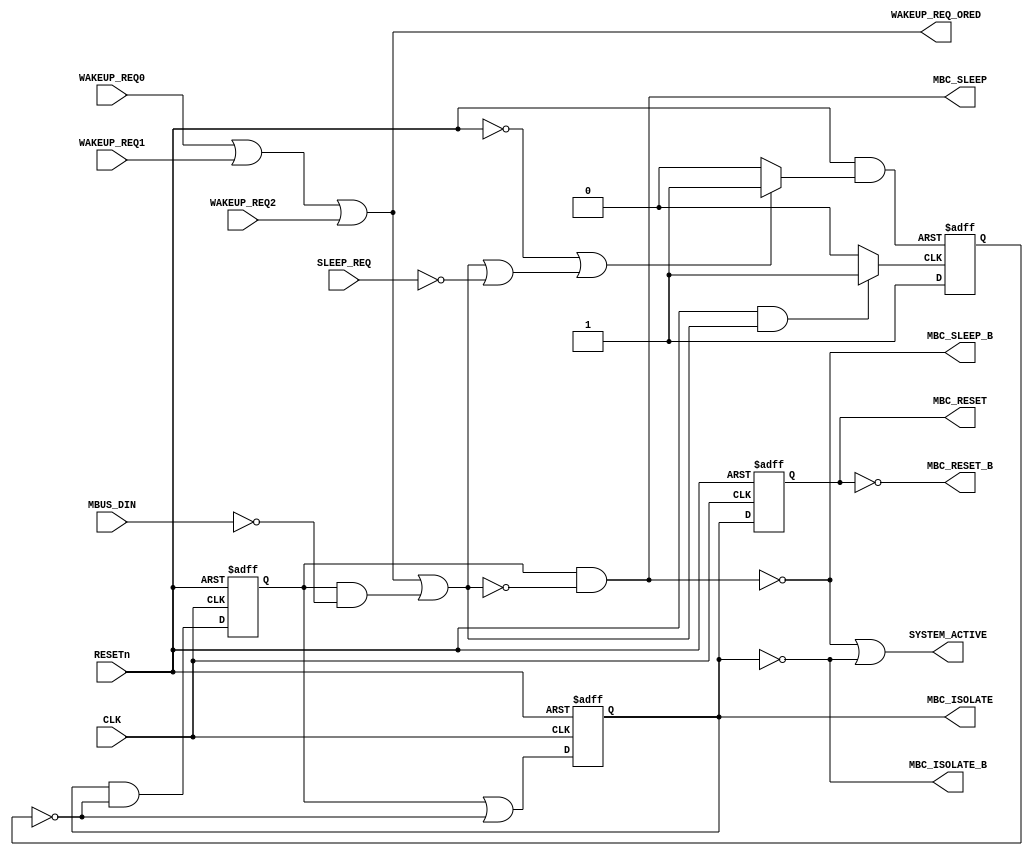
module SLEEP_CONTROLv4
  ( 
    output reg MBC_ISOLATE, 
    output     MBC_ISOLATE_B,
    output reg MBC_RESET,
    output     MBC_RESET_B,
    output     MBC_SLEEP,
    output     MBC_SLEEP_B,
    output     SYSTEM_ACTIVE,
    output     WAKEUP_REQ_ORED,
    input      CLK,
    input      MBUS_DIN,
    input      RESETn,
    input      SLEEP_REQ,
    input      WAKEUP_REQ0,
    input      WAKEUP_REQ1,
    input      WAKEUP_REQ2 
    );
   reg 	       set_tran_to_wake;
   reg 	       rst_tran_to_wake;	
   assign      MBC_ISOLATE_B = ~MBC_ISOLATE;
   assign      MBC_RESET_B = ~MBC_RESET;
   reg 	       MBC_SLEEP_int;
   assign      MBC_SLEEP_B = ~MBC_SLEEP;
   reg 	       tran_to_wake;
   assign      SYSTEM_ACTIVE = MBC_SLEEP_B | MBC_ISOLATE_B;
   assign      WAKEUP_REQ_ORED	= WAKEUP_REQ0 | WAKEUP_REQ1 | WAKEUP_REQ2;
	always @ *
	begin
		if (RESETn & ( WAKEUP_REQ_ORED | ( MBC_SLEEP_int & ~MBUS_DIN )))	
	     	set_tran_to_wake = 1'b1;
		else
   			set_tran_to_wake = 1'b0;
	end
	always @ *
	begin
		if ((~RESETn) | ( WAKEUP_REQ_ORED | (MBC_SLEEP_int & ~MBUS_DIN) | ~SLEEP_REQ ))
			rst_tran_to_wake	<= 1'b1;	
		else
			rst_tran_to_wake	<= 1'b0;
	end
	wire tran_to_wake_r = RESETn & rst_tran_to_wake;
	always @ (negedge tran_to_wake_r or posedge set_tran_to_wake)
	begin
		if (~tran_to_wake_r)
			tran_to_wake <= 1'b0;
		else
			tran_to_wake <= 1'b1;
	end
	always @ ( negedge RESETn or posedge CLK )
	begin
		if( ~RESETn )
			MBC_ISOLATE	<= 1'b1;
		else 
			MBC_ISOLATE	<= (MBC_SLEEP_int | (~tran_to_wake));
	end
	always @ ( negedge RESETn or posedge CLK )
	begin
		if( ~RESETn )
			MBC_SLEEP_int	<= 1'b1;
		else
			MBC_SLEEP_int	<= (MBC_ISOLATE & (~tran_to_wake));
	end
   assign	MBC_SLEEP = MBC_SLEEP_int & ~ (WAKEUP_REQ_ORED | (MBC_SLEEP_int & ~MBUS_DIN) );
	always @ ( negedge RESETn or posedge CLK )
	begin
		if( ~RESETn )
	  		MBC_RESET	<= 1'b1;
		else
	   		MBC_RESET	<= MBC_ISOLATE;
	end
endmodule